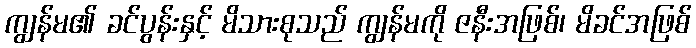
ကျွန်မ၏ ခင်ပွန်းနှင့် မိသားစုသည် ကျွန်မကို ဇနီးအဖြစ်၊ မိခင်အဖြစ်